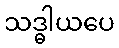
သဒ္ဓါယပေ